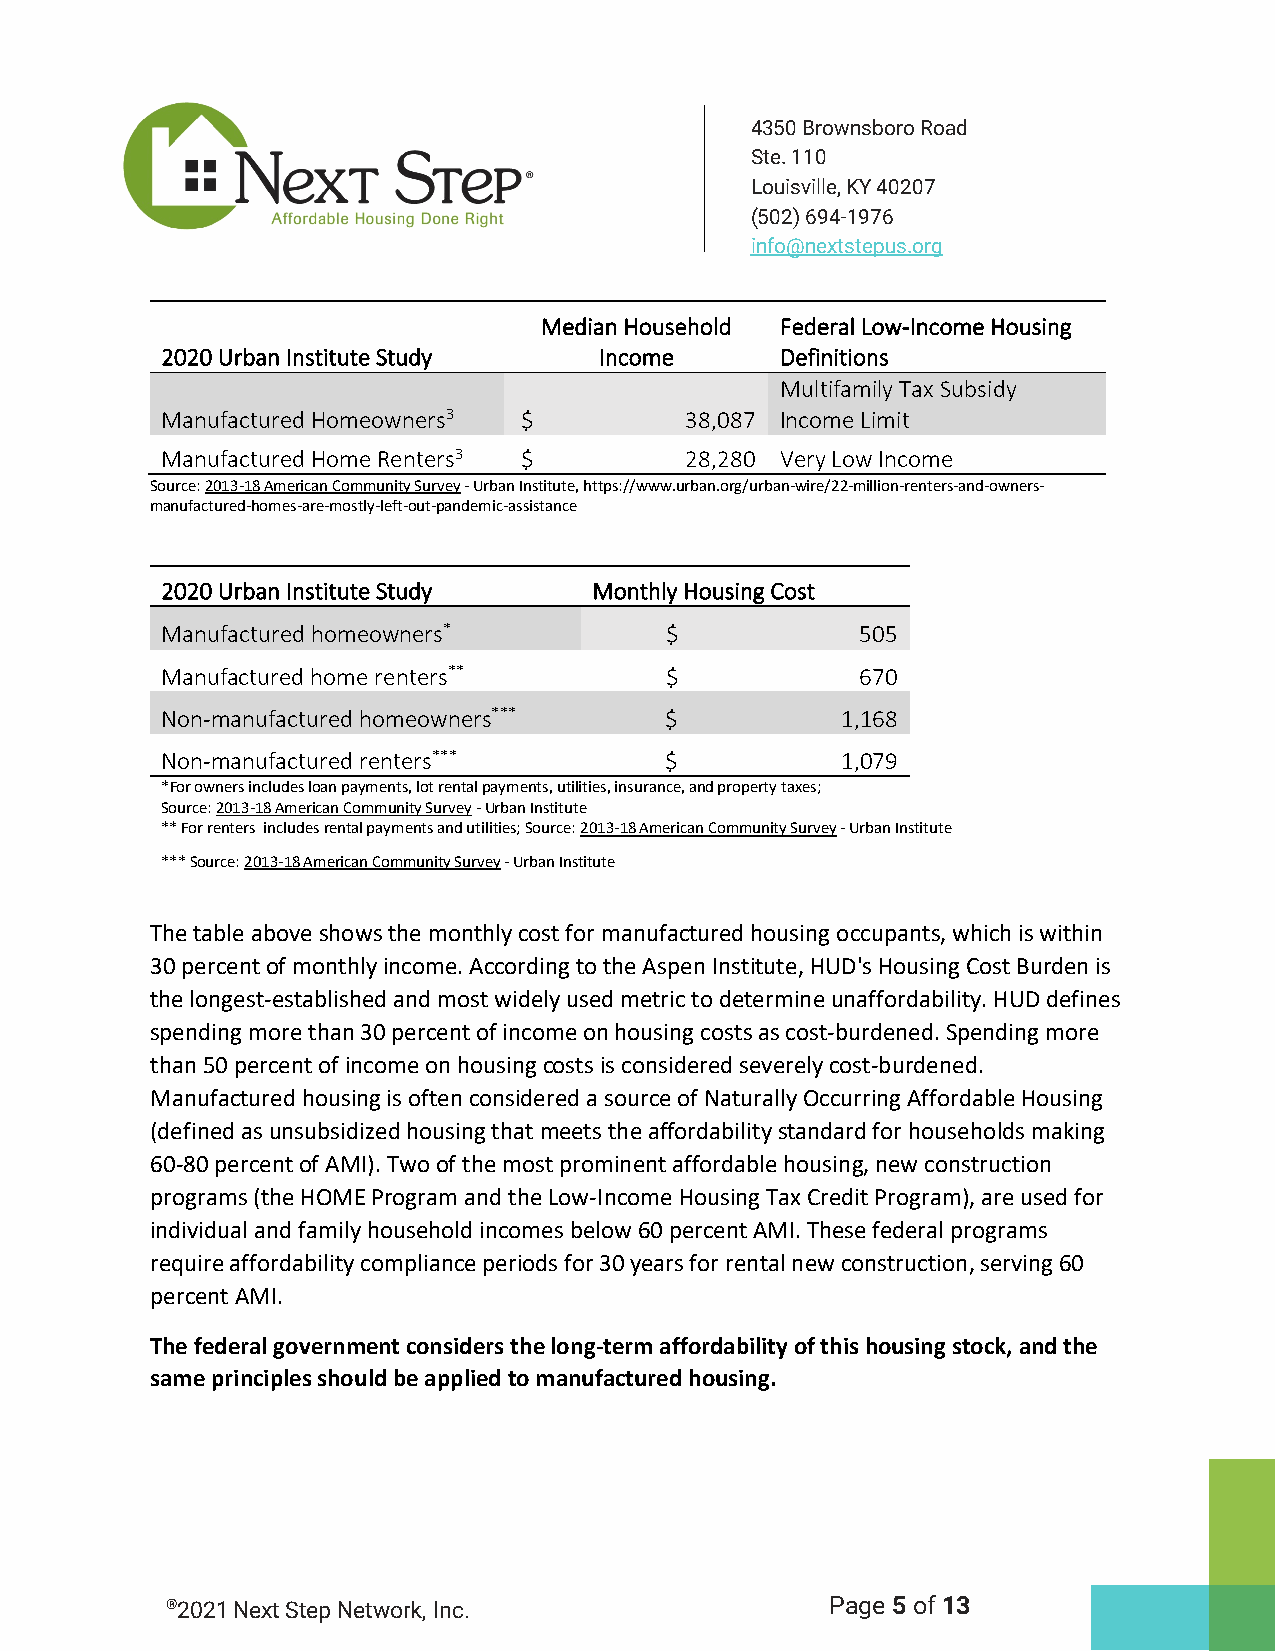
4350 Brownsboro Road
 Ste. 110
 Louisville, KY 40207
 (502) 694-1976
 info@nextstepus.org
 Median Household Federal Low-Income Housing
 2020 Urban Institute Study   Income      Definitions
 Multifamily Tax Subsidy
 Manufactured Homeowners3 $        38,087 Income Limit
 Manufactured Home Renters3 $      28,280 Very Low Income
 Source: 2013-18 American Community Survey - Urban Institute, https://www.urban.org/urban-wire/22-million-renters-and-owners-
 manufactured-homes-are-mostly-left-out-pandemic-assistance
 2020 Urban Institute Study  Monthly Housing Cost
 Manufactured homeowners*         $            505
 Manufactured home renters**      $            670
 Non-manufactured homeowners***   $           1,168
 Non-manufactured renters***      $           1,079
 *For owners includes loan payments, lot rental payments, utilities, insurance, and property taxes;
 Source: 2013-18 American Community Survey - Urban Institute
 ** For renters includes rental payments and utilities; Source: 2013-18 American Community Survey - Urban Institute
 *** Source: 2013-18 American Community Survey - Urban Institute
 The table above shows the monthly cost for manufactured housing occupants, which is within
 30 percent of monthly income. According to the Aspen Institute, HUD's Housing Cost Burden is
 the longest-established and most widely used metric to determine unaffordability. HUD defines
 spending more than 30 percent of income on housing costs as cost-burdened. Spending more
 than 50 percent of income on housing costs is considered severely cost-burdened.
 Manufactured housing is often considered a source of Naturally Occurring Affordable Housing
 (defined as unsubsidized housing that meets the affordability standard for households making
 60-80 percent of AMI). Two of the most prominent affordable housing, new construction
 programs (the HOME Program and the Low-Income Housing Tax Credit Program), are used for
 individual and family household incomes below 60 percent AMI. These federal programs
 require affordability compliance periods for 30 years for rental new construction, serving 60
 percent AMI.
 The federal government considers the long-term affordability of this housing stock, and the
 same principles should be applied to manufactured housing.
 ®2021 Next Step Network, Inc.               Page 5 of 13